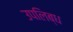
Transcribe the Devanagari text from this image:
उपलिब्ध